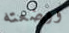
ووضعته